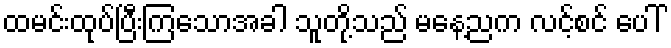
ထမင်းထုပ်ပြီးကြသောအခါ သူတို့သည် မနေ့ညက လင့်စင် ပေါ်